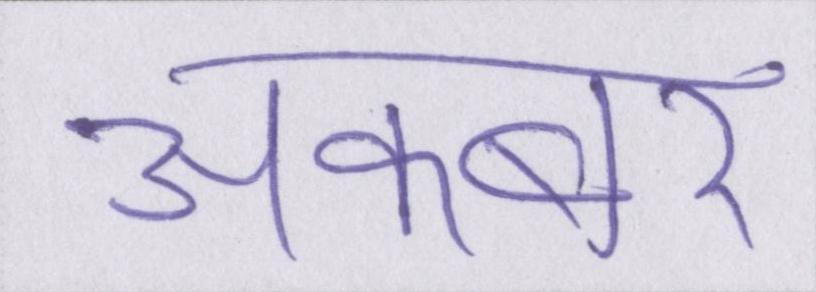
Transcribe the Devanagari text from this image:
अकबर